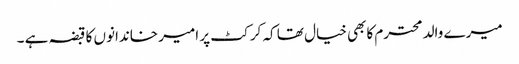
میرے والد محترم کابھی خیال تھا کہ کرکٹ پر امیر خاندانوں کا قبضہ ہے ۔